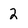
Character: 2